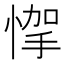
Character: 𢝟